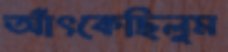
আঁৎকেছিলুম